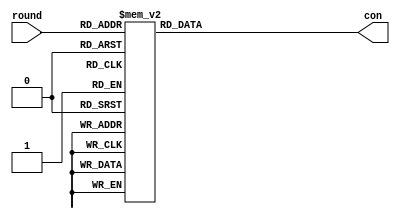


module clefia_con_128 (
    con,
    round
    );

output  [63:0]  con;
input   [ 4:0]  round;

reg     [63:0]  con;
wire    [ 4:0]  round;


always @ (*)
begin
    case (round)
        // for L generation.
        6'h00: con = 64'hF56B_7AEB_994A_8A42;
        6'h01: con = 64'h96A4_BD75_FA85_4521;
        6'h02: con = 64'h735B_768A_1F7A_BAC4;
        6'h03: con = 64'hD5BC_3B45_B99D_5D62;
        6'h04: con = 64'h52D7_3592_3EF6_36E5;
        6'h05: con = 64'hC57A_1AC9_A95B_9B72;
        6'h06: con = 64'h5AB4_2554_3695_55ED;
        6'h07: con = 64'h1553_BA9A_7972_B2A2;
        6'h08: con = 64'hE6B8_5D4D_8A99_5951;
        6'h09: con = 64'h4B55_0696_2774_B4FC;
        6'h0A: con = 64'hC9BB_034B_A59A_5A7E;
        6'h0B: con = 64'h88CC_81A5_E4ED_2D3F;

        // for RK generation.
        6'h0C: con = 64'h7C6F_68E2_104E_8ECB;
        6'h0D: con = 64'hD226_3471_BE07_C765;
        6'h0E: con = 64'h511A_3208_3D3B_FBE6;
        6'h0F: con = 64'h1084_B134_7CA5_65A7;
        6'h10: con = 64'h304B_F0AA_5C6A_AA87;
        6'h11: con = 64'hF434_7855_9815_D543;
        6'h12: con = 64'h4213_141A_2E32_F2F5;
        6'h13: con = 64'hCD18_0A0D_A139_F97A;
        6'h14: con = 64'h5E85_2D36_32A4_64E9;
        6'h15: con = 64'hC353_169B_AF72_B274;
        6'h16: con = 64'h8DB8_8B4D_E199_593A;
        6'h17: con = 64'h7ED5_6D96_12F4_34C9;
        6'h18: con = 64'hD37B_36CB_BF5A_9A64;
        6'h19: con = 64'h85AC_9B65_E98D_4D32;
        6'h1A: con = 64'h7ADF_6582_16FE_3ECD;
        6'h1B: con = 64'hD17E_32C1_BD5F_9F66;
        6'h1C: con = 64'h50B6_3150_3C97_57E7;
        6'h1D: con = 64'h1052_B098_7C73_B3A7;

        // unused.
        default: con = 64'h0;
    endcase
end        
           
endmodule